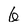
Character: 6